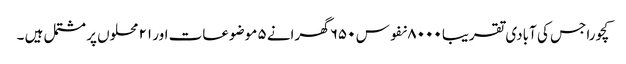
کچورا جس کی آبادی تقریبا ۸۰۰۰ نفوس ۶۵۰ گھرانے ۵ موضوعات اور ۲۱ محلوں پر مشتمل ہیں ۔